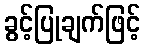
ခွင့်ပြုချက်ဖြင့်